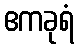
ဧကခုရံ